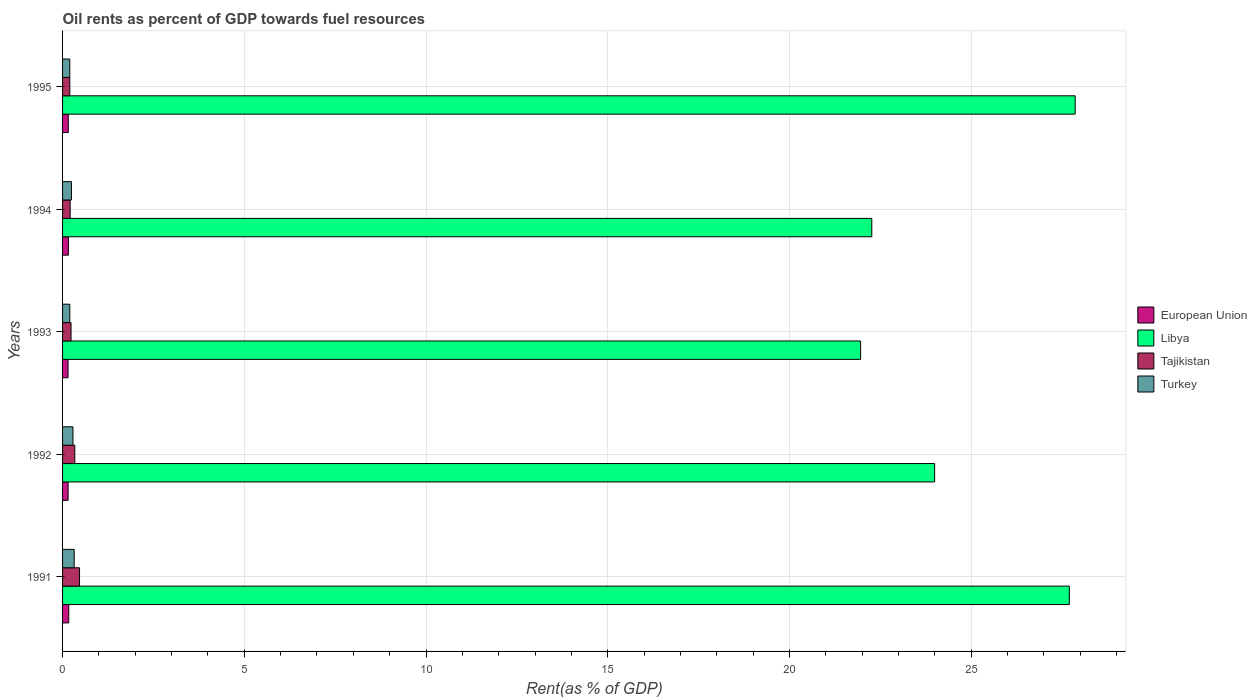
| Years | European Union | Libya | Tajikistan | Turkey |
 | --- | --- | --- | --- | --- |
 | 1991 | 0.17 | 27.7 | 0.467 | 0.32 |
 | 1992 | 0.153 | 24 | 0.336 | 0.286 |
 | 1993 | 0.151 | 22 | 0.233 | 0.199 |
 | 1994 | 0.161 | 22.3 | 0.209 | 0.244 |
 | 1995 | 0.157 | 27.9 | 0.199 | 0.198 |